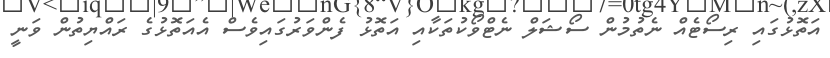
އަތޮޅުގައި ރިސޯޓެއް ނެތުމުން ސޯޝަލް ނެޓްވޯކުތަކާއި އަތޮޅު ފެންވަރުގައިވެސް އެއަތޮޅުގެ ރައްޔިތުން ވަނީ